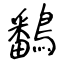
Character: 鷭